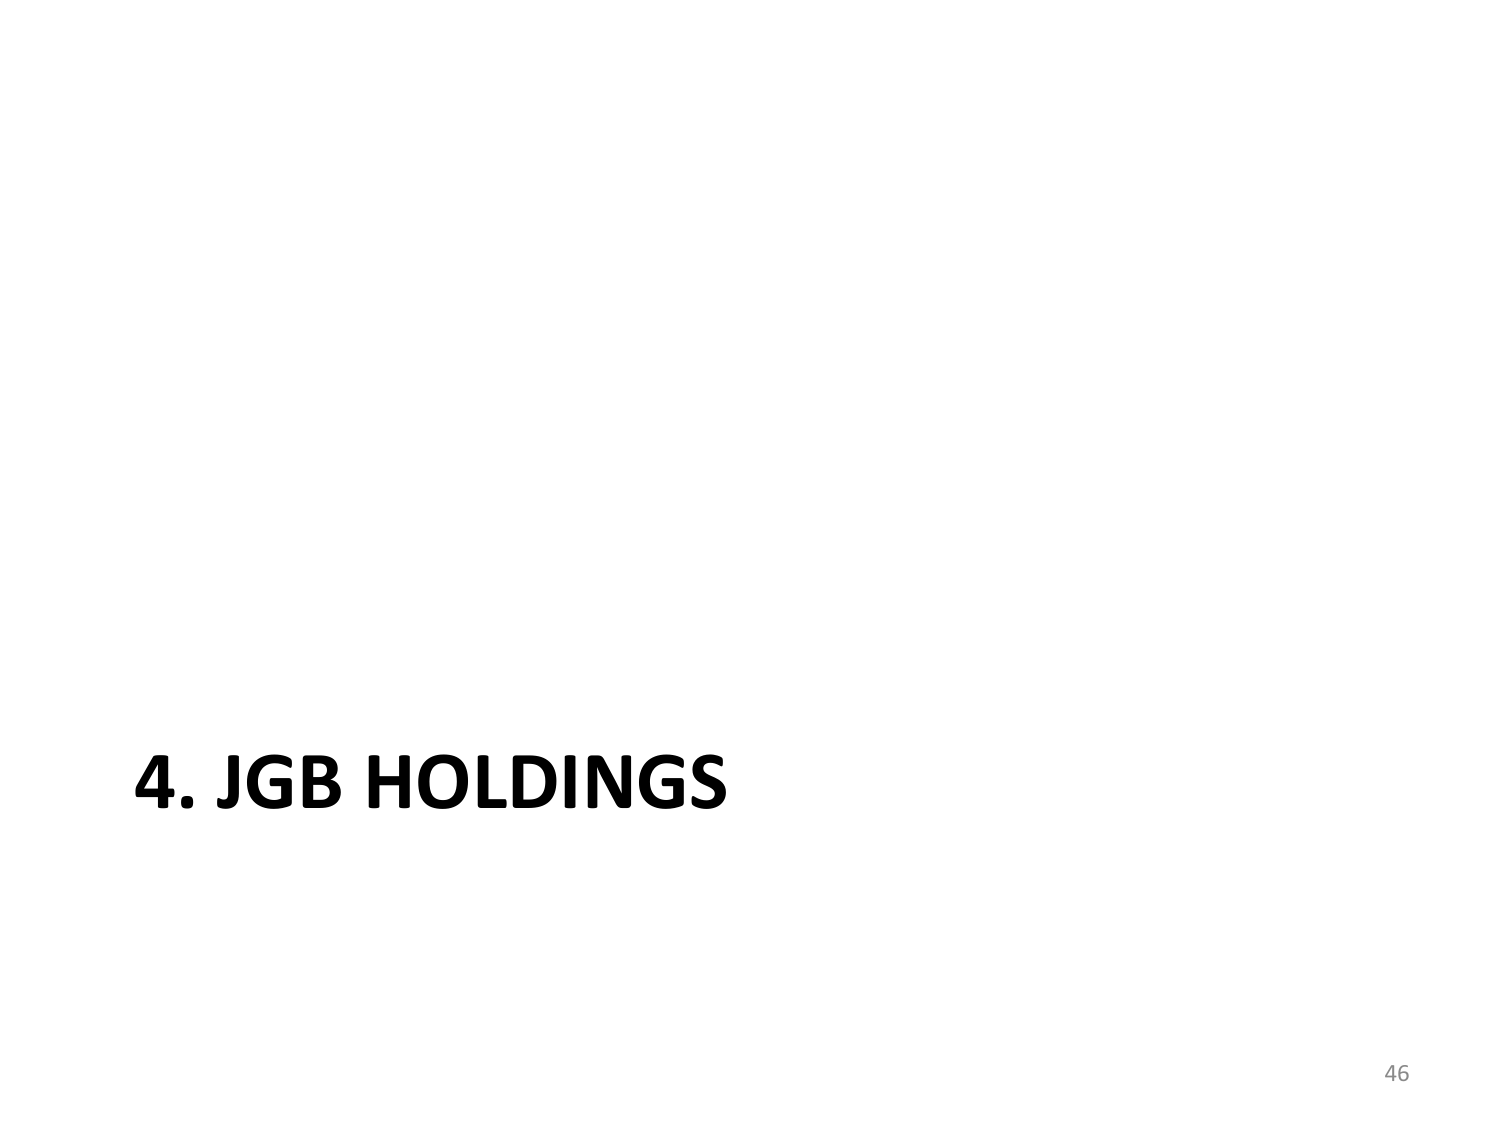
4. JGB HOLDINGS
46